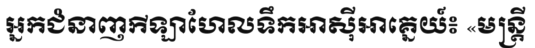
អ្នកជំនាញកីឡាហែលទឹកអាស៊ីអាគ្នេយ៍៖ «មន្ត្រី